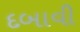
દબાવી